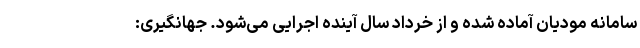
سامانه مودیان آماده شده و از خرداد سال آینده اجرایی می‌شود. جهانگیری: